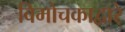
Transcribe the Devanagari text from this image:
विमोचकाद्वारे